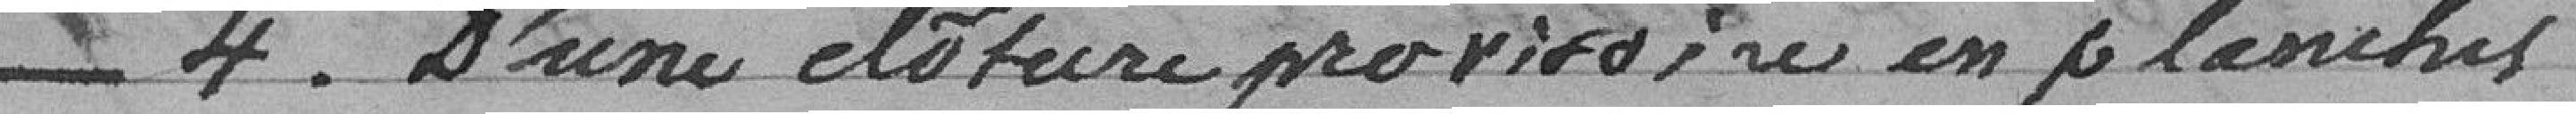
_4. D'une cloture provisoire en planches